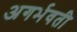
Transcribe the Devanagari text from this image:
अगर्भवती